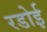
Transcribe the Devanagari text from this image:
रडोई